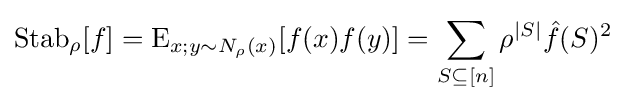
\operatorname {Stab} _{\rho }[f]=\operatorname {E} _{x;y\sim N_{\rho }(x)}[f(x)f(y)]=\sum _{S\subseteq [n]}\rho ^{|S|}{\hat {f}}(S)^{2}